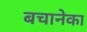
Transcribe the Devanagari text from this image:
बचानेका